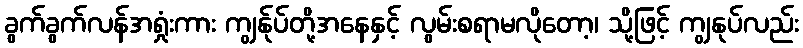
ခွက်ခွက်လန်အရှုံးကား ကျွန်ုပ်တို့အနေနှင့် လွမ်းစရာမလိုတော့၊ သို့ဖြင့် ကျွနုပ်လည်း